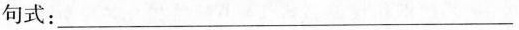
句式：____